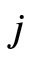
j